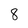
Character: 8